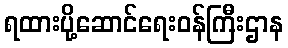
ရထားပို့ဆောင်ရေးဝန်ကြီးဌာန